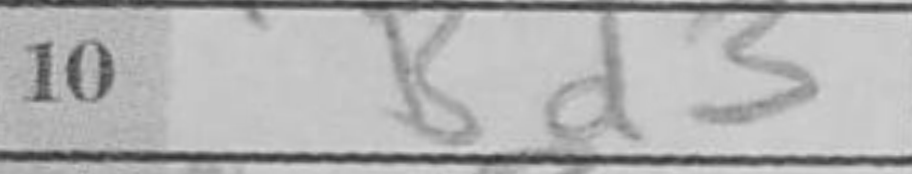
Transcription: Bd3